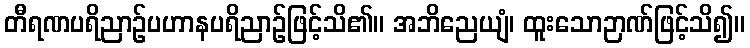
တီရဏပရိညာဉ်ပဟာနပရိညာဉ်ဖြင့်သိ၏။ အဘိညေယျံ၊ ထူးသောဉာဏ်ဖြင့်သိ၍။